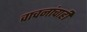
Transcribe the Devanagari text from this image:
वाचनांचाही